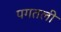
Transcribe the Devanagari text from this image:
पगतली